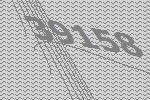
39158